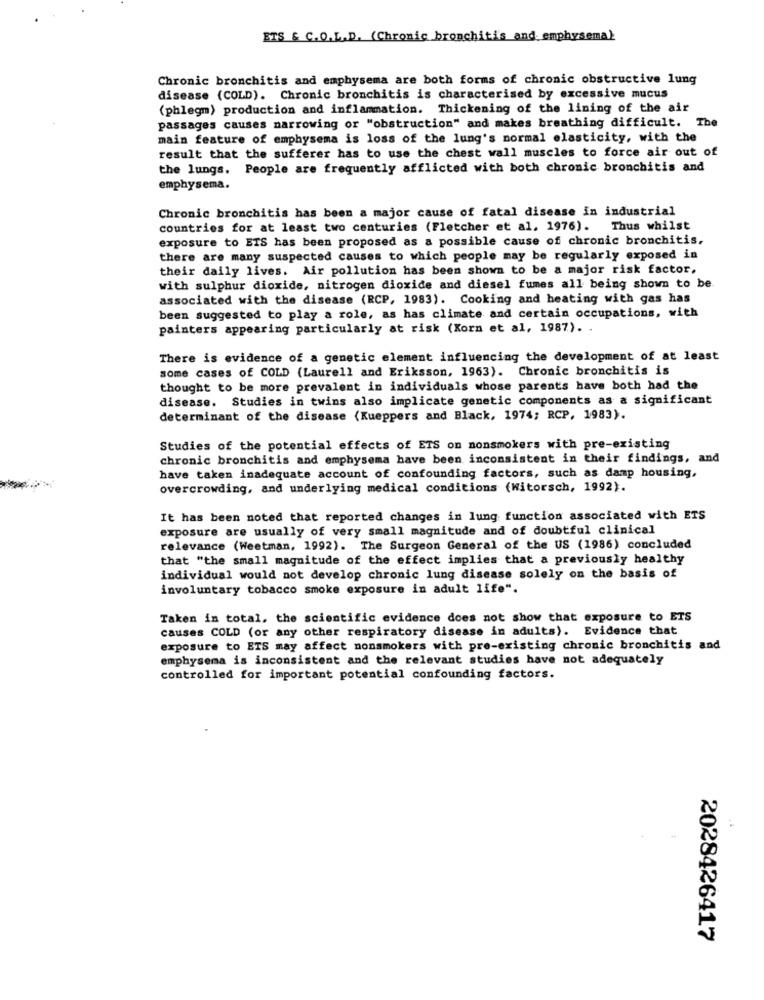
ETS & C.O.L.D. (Chronic bronchitis and emphysema)
Chronic bronchitis and emphysema are both forms of chronic obstructive lung
disease (COLD). Chronic bronchitis is characterised by excessive mucus
(phlegm) production and inflammation. Thickening of the lining of the air
passages causes narrowing or "obstruction" and makes breathing difficult. The
main feature of emphysema is loss of the lung's normal elasticity, with the
result that the sufferer has to use the chest wall muscles to force air out of
the lungs. People are frequently afflicted with both chronic bronchitis and
emphysema.
Chronic bronchitis has been a major cause of fatal disease in industrial
countries for at least two centuries (Fletcher et al. 1976).
Thus whilst
exposure to ETS has been proposed as a possible cause of chronic bronchitis,
there are many suspected causes to which people may be regularly exposed in
their daily lives. Air pollution has been shown to be a major risk factor.
with sulphur dioxide, nitrogen dioxide and diesel fumes all being shown to be
associated with the disease (RCP, 1983). Cooking and heating with gas has
been suggested to play a role, as has climate and certain occupations, with
painters appearing particularly at risk (Korn et al, 1987). .
There is evidence of a genetic element influencing the development of at least
some cases of COLD (Laurell and Eriksson, 1963). Chronic bronchitis is
thought to be more prevalent in individuals whose parents have both had the
disease. Studies in twins also implicate genetic components as a significant
determinant of the disease (Kueppers and Black, 1974; RCP, 1983).
Studies of the potential effects of ETS on nonsmokers with pre-existing
chronic bronchitis and emphysema have been inconsistent in their findings, and
have taken inadequate account of confounding factors, such as damp housing,
overcrowding, and underlying medical conditions (Witorsch, 1992).
It has been noted that reported changes in lung function associated with ETS
exposure are usually of very small magnitude and of doubtful clinical
relevance (Weetman, 1992). The Surgeon General of the US (1986) concluded
that "the small magnitude of the effect implies that a previously healthy
individual would not develop chronic lung disease solely on the basis of
involuntary tobacco smoke exposure in adult life".
Taken in total, the scientific evidence does not show that exposure to ETS
causes COLD (or any other respiratory disease in adults). Evidence that
exposure to ETS may affect nonsmokers with pre-existing chronic bronchitis and
emphysema is inconsistent and the relevant studies have not adequately
controlled for important potential confounding factors.
2028426417